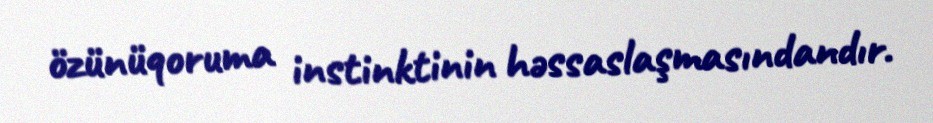
özünüqoruma instinktinin həssaslaşmasındandır.